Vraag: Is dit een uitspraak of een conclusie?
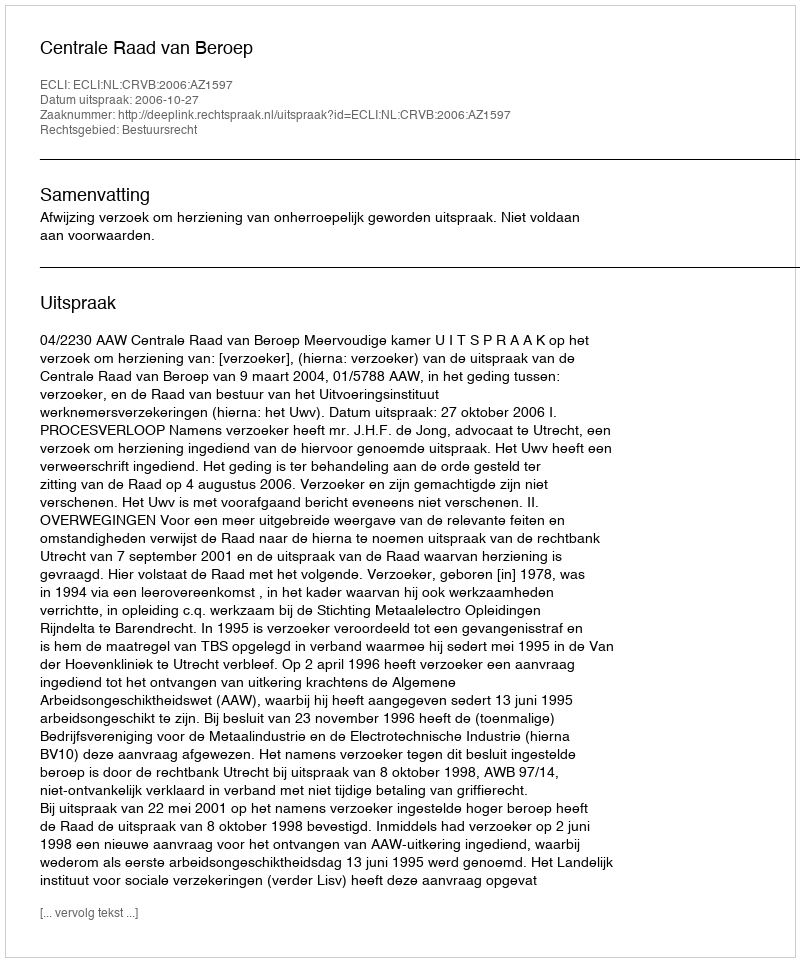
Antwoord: Uitspraak